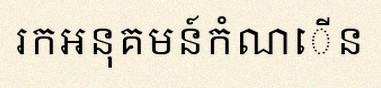
រកអនុគមន៍កំណើន